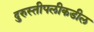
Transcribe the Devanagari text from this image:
दुरुस्तीपलीकडील